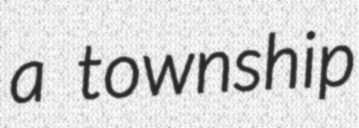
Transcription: a township